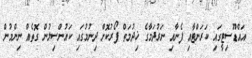
އައްޑޫސިޓީގައި ކަރަންޓާއި ފެނާއި ނަރުދަމާގެ ޚިދުމަތް ފޯރުކޮށް ދިނުމުގައި ކައުންސިލުން ގޮތެއް ނިންމުން